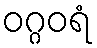
ဝဂ္ဂဝရံ